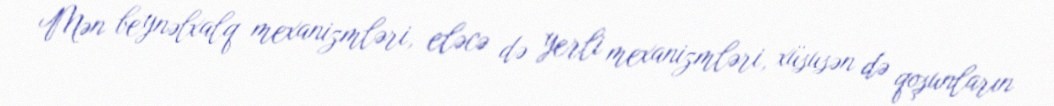
Mən beynəlxalq mexanizmləri, eləcə də yerli mexanizmləri, xüsusən də qoşunların